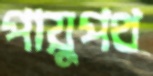
পায়ুপথ